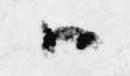
ハ